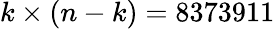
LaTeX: k\times(n-k)=8373911